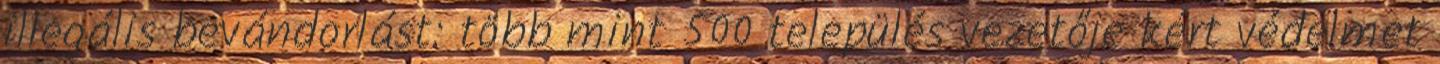
illegális bevándorlást: több mint 500 település vezetője kért védelmet